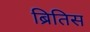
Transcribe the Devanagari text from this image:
ब्रितिस